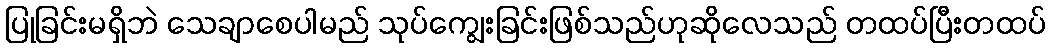
ပြုခြင်းမရှိဘဲ သေချာစေပါမည် သုပ်ကျွေးခြင်းဖြစ်သည်ဟုဆိုလေသည် တထပ်ပြီးတထပ်